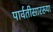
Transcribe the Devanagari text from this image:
पार्वतीसारख्या